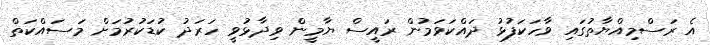
އެ ރަސްމިއްޔާތުގައި ވާހަކަފުޅު ދައްކަވަމުން ރައީސް ޔާމީން ވިދާޅުވީ ހަރަދު ކުޑަކުރުމަށް މަސައްކަތް